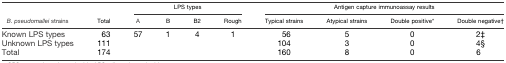
| <ROWSPAN=2> B. pseudomallei strains | <ROWSPAN=2> Total | <COLSPAN=4> LPS types | <COLSPAN=4> Antigen capture immunoassay results |
 | A | B | B2 | Rough | Typical strains | Atypical strains | Double positive* | Double negative† |
 | --- | --- | --- | --- | --- | --- | --- | --- | --- | --- |
 | Known LPS types | 63 | 57 | 1 | 4 | 1 | 56 | 5 | 0 | 2‡ |
 | Unknown LPS types | 111 |  |  |  |  | 104 | 3 | 0 | 4§ |
 | Total | 174 |  |  |  |  | 160 | 8 | 0 | 6 |